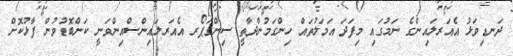
ދަނޑިވަޅު އެއަރލައިންގެ ނަމުގައި މިފަދަ އަމަލުތައް ހިންގަމުންދާތީ ސިންގަޕޯރ އެއަރލައިންސްއިންވަނީ ކަންބޮޑުވުން ފާޅުކޮށް